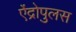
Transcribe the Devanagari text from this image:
ऐंद्रोपुलस